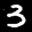
Digit: 3